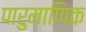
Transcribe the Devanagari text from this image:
पारुमाणिक